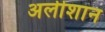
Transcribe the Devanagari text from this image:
अलीशान